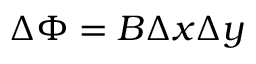
\Delta \Phi = B \Delta x \Delta y